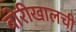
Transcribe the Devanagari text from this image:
बोरीखालची